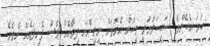
ހަމަ އެހެންމެ ސައިކަލުމަތީ މީހުން އެގޮތަށް ނީށީންނަ ދިމާއެއް ވެސް ފެނިފައެއް ނެތެވެ.